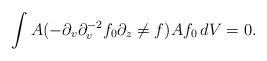
LaTeX: \begin{align*}\int A(-\partial_v\partial_v^{-2}f_0\partial_z\ne{f})Af_0\,dV=0.\end{align*}